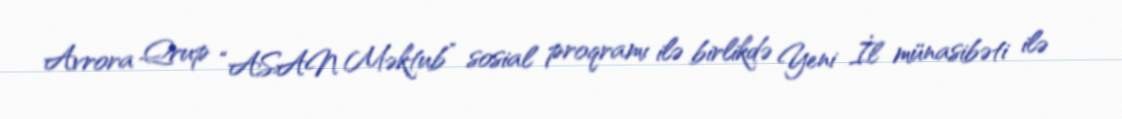
Avrora Qrup “ASAN Məktub” sosial proqramı ilə birlikdə Yeni İl münasibəti ilə